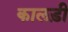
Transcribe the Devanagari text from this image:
कालड़ी